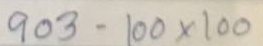
903 - 100 x 100